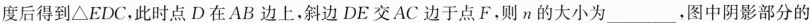
度后得到\triangle EDC，此时点D在AB边上，斜边DE交AC边于点F。则n的大小为___，图中阴影部分的